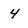
Character: 4